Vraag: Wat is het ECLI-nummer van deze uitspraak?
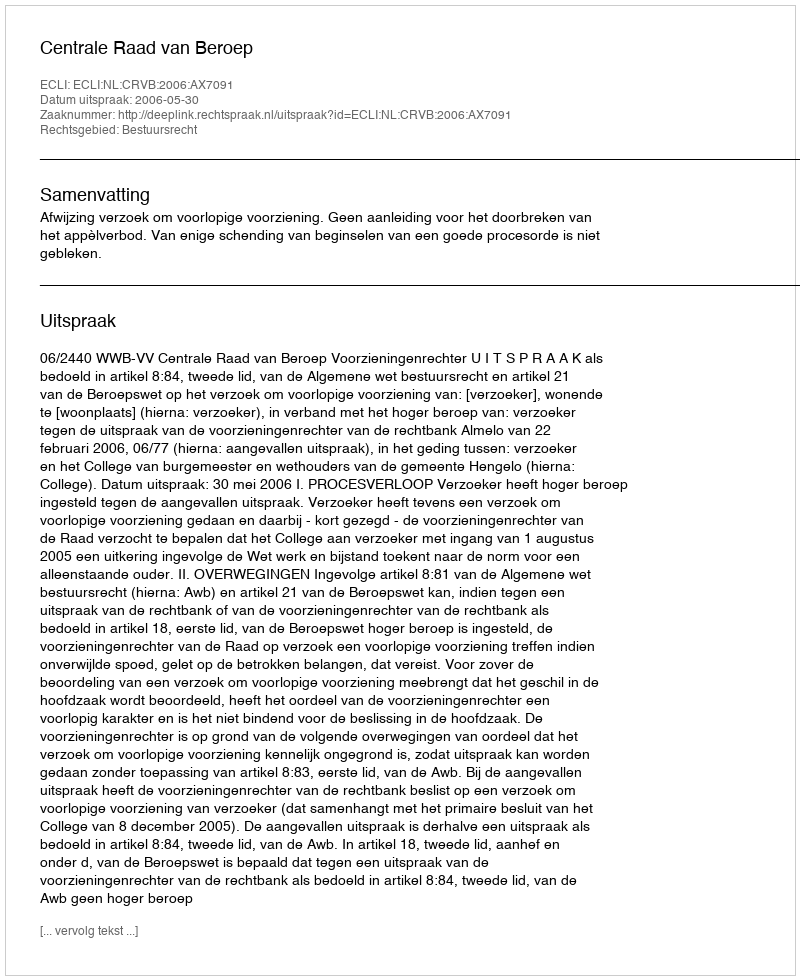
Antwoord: ECLI:NL:CRVB:2006:AX7091